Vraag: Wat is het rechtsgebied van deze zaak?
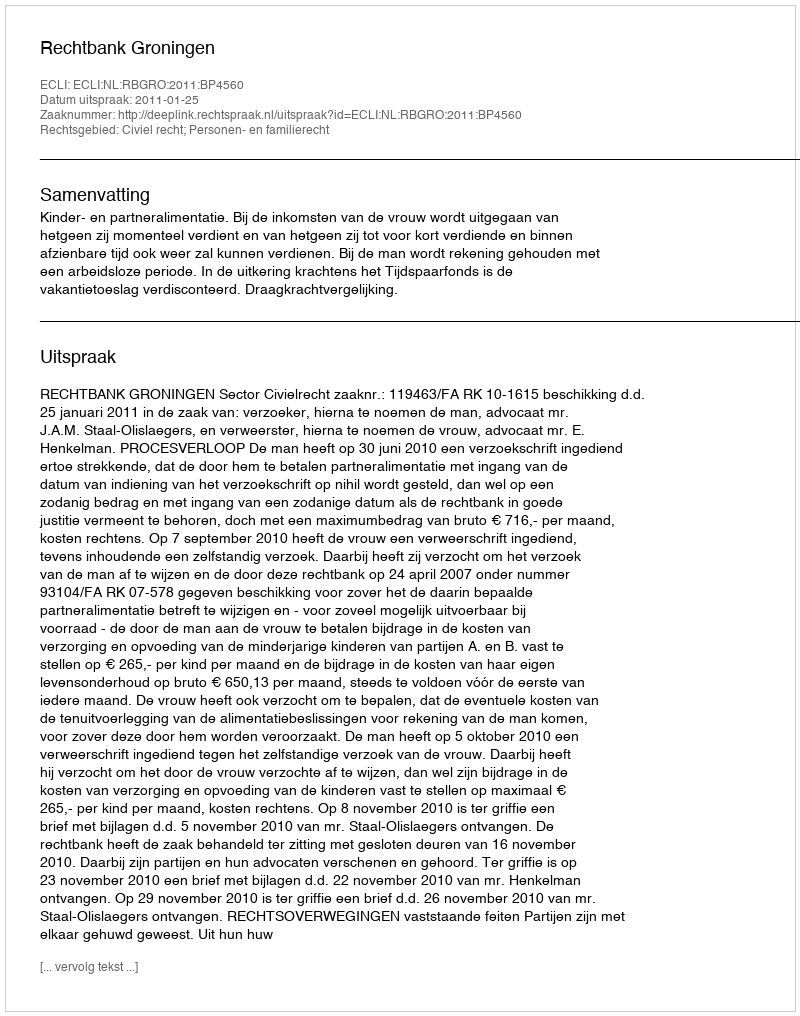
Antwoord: Civiel recht; Personen- en familierecht